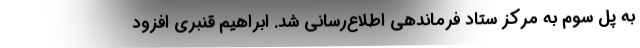
به پل سوم به مرکز ستاد فرماندهی اطلاع‌رسانی شد. ابراهیم قنبری افزود